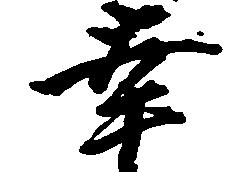
幸